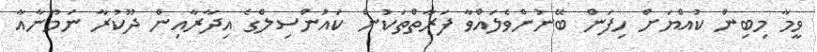
ވީމާ މިބިން ކުއްޔަށް ހިފަން ބޭނުންވެލައްވާ ފަރާތްތަކުން ކައުންސިލްގެ އިދާރާއިން ދޫކުރާ ނަމޫނާއާ